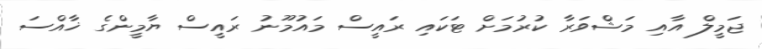
ޖަމީލް އާއި މަޝްވަރާ ކުރުމަށް ޓަކައި ރައީސް މައުމޫނު ރައީސް ޔާމީންގެ ޚާއްސަ